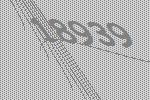
18939